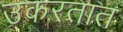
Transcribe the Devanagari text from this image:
उकरतात